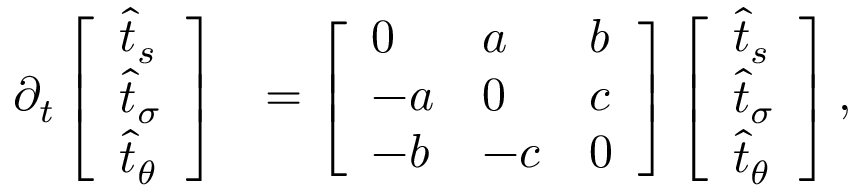
\begin{array} { r l } { \partial _ { t } \left[ \begin{array} { l } { \widehat { t } _ { s } } \\ { \widehat { t } _ { \sigma } } \\ { \widehat { t } _ { \theta } } \end{array} \right] } & { = \left[ \begin{array} { l l l } { 0 } & { a } & { b } \\ { - a } & { 0 } & { c } \\ { - b } & { - c } & { 0 } \end{array} \right] \left[ \begin{array} { l } { \widehat { t } _ { s } } \\ { \widehat { t } _ { \sigma } } \\ { \widehat { t } _ { \theta } } \end{array} \right] , } \end{array}